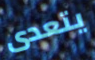
يتعدى